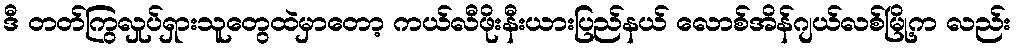
ဒီ တတ်ကြွလှုပ်ရှားသူတွေထဲမှာတော့ ကယ်လီဖိုးနီးယားပြည်နယ် လောစ်အိန်ဂျယ်လစ်မြို့က လည်း